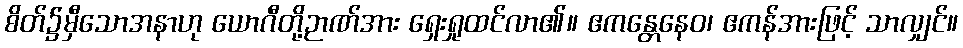
စိတ်၌မှီသောအနာဟု ယောဂီတို့ဉာဏ်အား ရှေးရှုထင်လာ၏။ ဧကန္တေနေဝ၊ ဧကန်အားဖြင့် သာလျှင်။